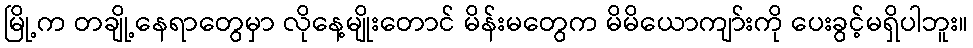
မြို့က တချို့နေရာတွေမှာ လိုနေ့မျိုးတောင် မိန်းမတွေက မိမိယောကျာ်းကို ပေးခွင့်မရှိပါဘူး။